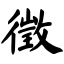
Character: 徵